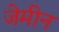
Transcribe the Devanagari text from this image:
जेमीन